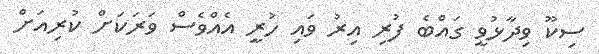
ސިކޫ ވިދާޅުވީ ގައްބެ ފުރި އިރު ވައި ހުރީ އެއްވެސް ވަރަކަށް ކުރިއަށް